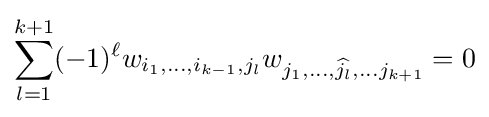
\sum _{l=1}^{k+1}(-1)^{\ell }w_{i_{1},\dots ,i_{k-1},j_{l}}w_{j_{1},\dots ,{\widehat {j_{l}}},\dots j_{k+1}}=0